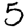
Digit: 5